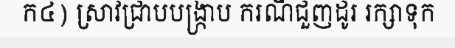
ក៤) ស្រាវជ្រាបបង្ក្រាប ករណីជួញដូរ រក្សាទុក